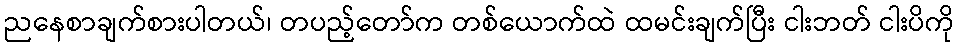
ညနေစာချက်စားပါတယ်၊ တပည့်တော်က တစ်ယောက်ထဲ ထမင်းချက်ပြီး ငါးဘတ် ငါးပိကို